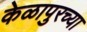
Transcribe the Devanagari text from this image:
केळापुरच्या